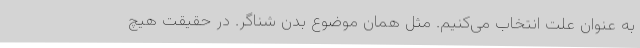
به‌ عنوان علت انتخاب می‌کنیم. مثل همان موضوع بدن شناگر. در حقیقت هیچ